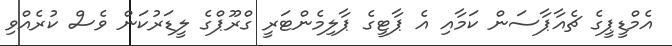
އެމްޑީޕީގެ ޗެއާޕާސަން ކަމާއި އެ ޕާޓީގެ ޕާލިމެންޓަރީ ގްރޫޕްގެ ލީޑަރުކަން ވެސް ކުރެއްވި